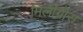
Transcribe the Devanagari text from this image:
मिलीग्रीस